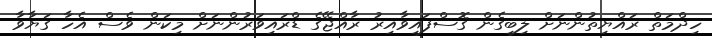
ހިދްމަތް ރައްޔިތުންނަށް ލިބިގެން ގޮސްފައިވާއިރު ރާއްޖޭގެ ޑްރައިވަރުންނަށް މިކަން ވެސް އެހާ ގަޔާވާ